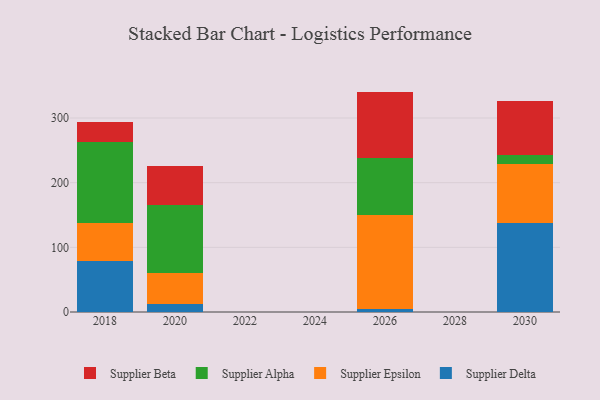
{"axis": {"x": "Year", "y": "Conversion Rate (%)"}, "legend": ["Supplier Alpha", "Supplier Beta", "Supplier Delta", "Supplier Epsilon"], "data": [{"x": "2020", "y": 11.9, "type": "Supplier Delta"}, {"x": "2020", "y": 49.0, "type": "Supplier Epsilon"}, {"x": "2020", "y": 104.9, "type": "Supplier Alpha"}, {"x": "2020", "y": 59.6, "type": "Supplier Beta"}, {"x": "2030", "y": 138.0, "type": "Supplier Delta"}, {"x": "2030", "y": 91.4, "type": "Supplier Epsilon"}, {"x": "2030", "y": 13.6, "type": "Supplier Alpha"}, {"x": "2030", "y": 83.5, "type": "Supplier Beta"}, {"x": "2018", "y": 79.4, "type": "Supplier Delta"}, {"x": "2018", "y": 58.8, "type": "Supplier Epsilon"}, {"x": "2018", "y": 124.6, "type": "Supplier Alpha"}, {"x": "2018", "y": 30.3, "type": "Supplier Beta"}, {"x": "2026", "y": 5.4, "type": "Supplier Delta"}, {"x": "2026", "y": 144.8, "type": "Supplier Epsilon"}, {"x": "2026", "y": 88.5, "type": "Supplier Alpha"}, {"x": "2026", "y": 102.1, "type": "Supplier Beta"}]}